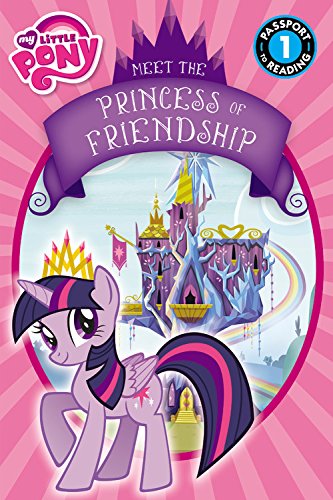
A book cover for My Little Pony: Meet the Princess of Friendship (Passport to Reading Level 1); Lucy Rosen; Children's Books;